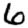
Digit: 6